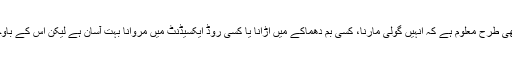
یہاں ٹی وی پر سوالات کرنے والے اور اخبارات میں لکھنے والوں کو اچھی طرح معلوم ہے کہ انہیں گولی مارنا، کسی بم دھماکے میں اڑانا یا کسی روڈ ایکسیڈنٹ میں مروانا بہت آسان ہے لیکن اس کے باوجود وہ دنیا کے اس خطرناک ترین پیشے کو چھوڑنے کے لئے تیار نہیں۔